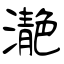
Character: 濪